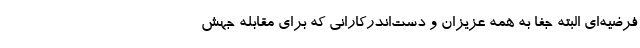
فرضیه‌ای البته جفا به همه عزیزان و دست‌اندرکارانی که برای مقابله جهش